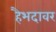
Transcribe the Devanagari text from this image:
हैभदावर